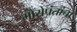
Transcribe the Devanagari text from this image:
मोरोपंतांचा